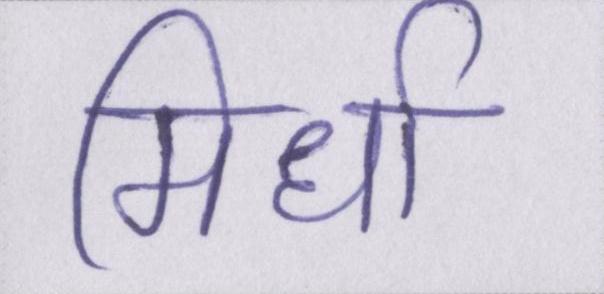
मिर्धा